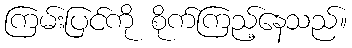
ကြမ်းပြင်ကို စိုက်ကြည့်နေသည်။